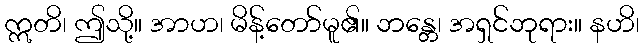
ဣတိ၊ ဤသို့။ အာဟ၊ မိန့်တော်မူ၏။ ဘန္တေ၊ အရှင်ဘုရား။ နဟိ၊